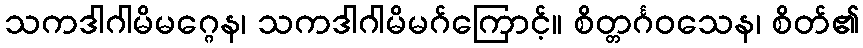
သကဒါဂါမိမဂ္ဂေန၊ သကဒါဂါမိမဂ်ကြောင့်။ စိတ္တင်္ဂဝသေန၊ စိတ်၏